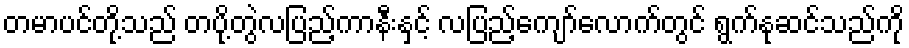
တမာပင်တို့သည် တပို့တွဲလပြည့်ကာနီးနှင့် လပြည့်ကျော်လောက်တွင် ရွက်နုဆင်သည်ကို